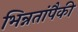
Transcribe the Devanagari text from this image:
भिन्नतांपैकी